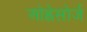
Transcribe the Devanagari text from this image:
ओह्नेसोर्ज